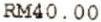
RM40.00